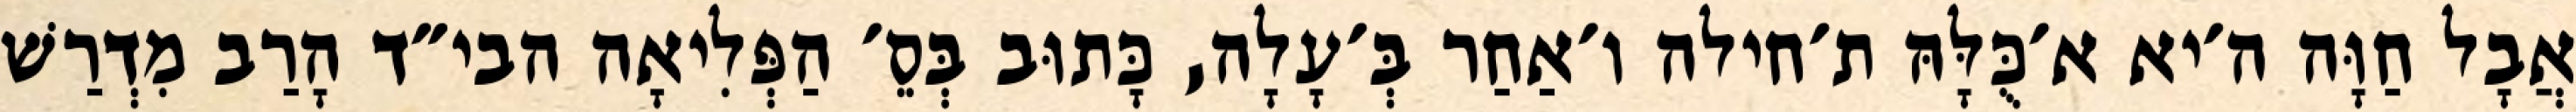
אֲבָל חַוָּה ה׳יא א׳כֻּלָּהּ ת׳חילה ו׳אַחַר בְּ׳עָלָה, כָּתוּב בְּסֵ׳ הַפְּלִיאָה הבי״ד הָרַב מִדְרַשׁ